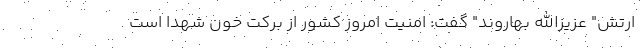
ارتش" عزیزالله بهاروند" گفت: امنیت امروز کشور از برکت خون شهدا است